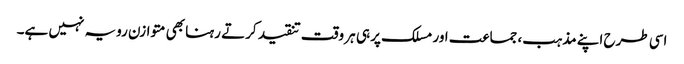
اسی طرح اپنے مذہب، جماعت اور مسلک پر ہی ہر وقت تنقید کرتے رہنا بھی متوازن رویہ نہیں ہے۔